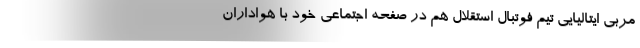
مربی ایتالیایی تیم فوتبال استقلال هم در صفحه اجتماعی خود با هواداران